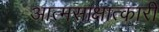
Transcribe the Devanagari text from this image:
आत्मसाक्षात्कारी